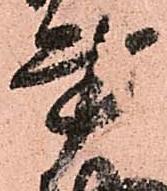
書